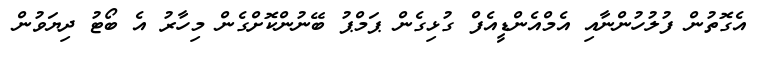
އެގޮތުން ފުލުހުންނާއި އެމްއެންޑީއެފް ގުޅިގެން ޕަމްޕު ބޭނުންކޮށްގެން މިހާރު އެ ބޯޓު ދިޔަވުން